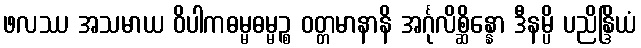
ဖလဿ အသမာယ ဝိပါကဓမ္မဓမ္မဉ္စ ဝတ္တမာနာနိ အင်္ဂုလိစ္ဆိန္နော ဒီနမ္ပိ ပညိန္ဒြိယံ